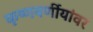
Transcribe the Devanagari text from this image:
कृष्णवर्णीयांवर